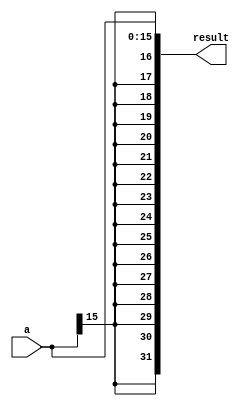
module SignExtension(a, result);
  input [15:0] a;  // 16-bit input
  output reg [31:0] result; // 32-bit output
  reg [31:0] tmp;

  //assign result[31:16] = 16'b0;
  //assign result[15:0] = a;
  
  always@(a)
    begin
      result <= $signed(a);
    end
endmodule